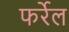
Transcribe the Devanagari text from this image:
फर्रेल